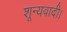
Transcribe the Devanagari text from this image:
शून्यवादी।